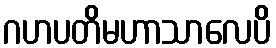
ဂဟပတိမဟာသာလေပိ